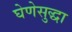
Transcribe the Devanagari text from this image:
घेणेसुद्धा